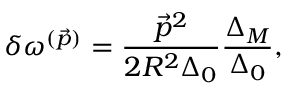
\delta \omega ^ { ( \vec { p } ) } = \frac { \vec { p } ^ { 2 } } { 2 R ^ { 2 } \Delta _ { 0 } } \frac { \Delta _ { M } } { \Delta _ { 0 } } ,